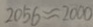
2 0 5 6 \approx 2 0 0 0